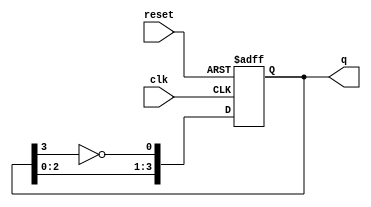
module johnson_counter (
    input wire clk,       // Clock input
    input wire reset,     // Asynchronous reset
    output reg [3:0] q    // 4-bit counter output
);

// Always block to implement the counter logic
always @(posedge clk or posedge reset) begin
    if (reset) begin
        q <= 4'b0000;  // Reset state
    end else begin
        // Johnson counter logic
        q[0] <= ~q[3];  // D0 takes inverted value of Q3
        q[1] <= q[0];   // D1 takes value of Q0
        q[2] <= q[1];   // D2 takes value of Q1
        q[3] <= q[2];   // D3 takes value of Q2
    end
end

endmodule